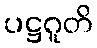
ပဋ္ဌဂူတိ